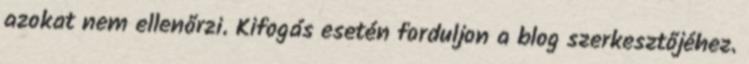
azokat nem ellenőrzi. Kifogás esetén forduljon a blog szerkesztőjéhez.